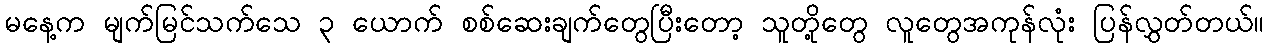
မနေ့က မျက်မြင်သက်သေ ၃ ယောက် စစ်ဆေးချက်တွေပြီးတော့ သူတို့တွေ လူတွေအကုန်လုံး ပြန်လွှတ်တယ်။